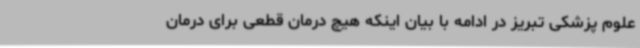
علوم پزشکی تبریز در ادامه با بیان اینکه هیچ درمان قطعی برای درمان